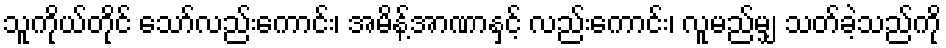
သူကိုယ်တိုင် သော်လည်းကောင်း၊ အမိန့်အာဏာနှင့် လည်းကောင်း၊ လူမည်မျှ သတ်ခဲ့သည်ကို